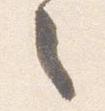
之